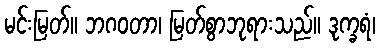
မင်းမြတ်။ ဘဂဝတာ၊ မြတ်စွာဘုရားသည်။ ဒုက္ခရံ၊